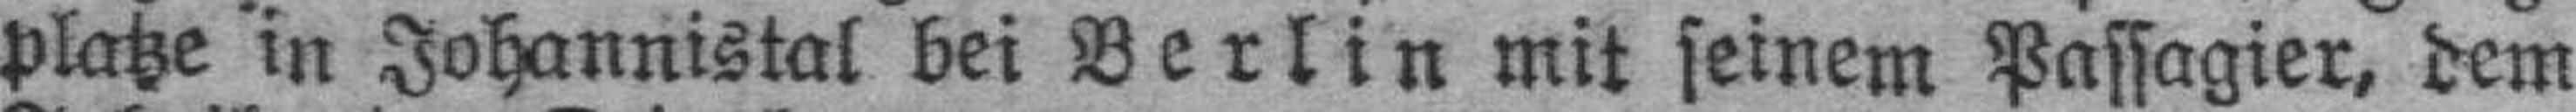
platze in Johannistal bei Berlin mit seinem Passagier, dem